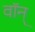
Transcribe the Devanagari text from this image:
वॉन्